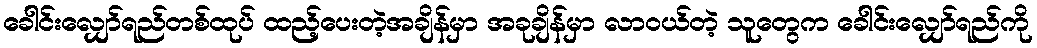
ခေါင်းလျှော်ရည်တစ်ထုပ် ထည့်ပေးတဲ့အချိန်မှာ အခုချိန်မှာ လာဝယ်တဲ့ သူတွေက ခေါင်းလျှော်ရည်ကို